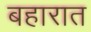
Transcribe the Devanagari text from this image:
बहारात